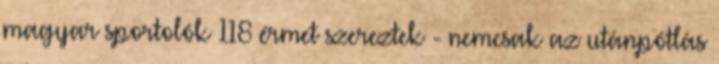
magyar sportolók 118 érmet szereztek - nemcsak az utánpótlás